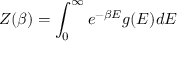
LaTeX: Z ( \beta ) = \int _ { 0 } ^ { \infty } e ^ { - \beta E } g ( E ) d E